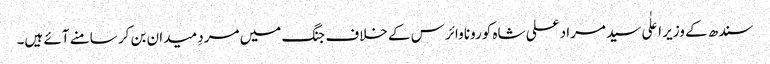
سندھ کے وزیر اعلٰی سید مراد علی شاہ کورونا وائرس کے خلاف جنگ میں مردِ میدان بن کر سامنے آئے ہیں۔